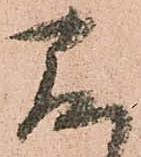
存